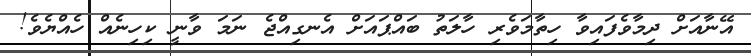
އޭނާއަށް ދިމާވެފައިވާ ހިތާމަވެރި ހާލަތު ބައްޕައަށް އެނގިއްޖެ ނަމަ ވާނީ ކިހިނެއް ހެއްޔެވެ!